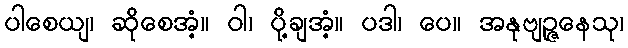
ပါစေယျ၊ ဆိုစေအံ့။ ဝါ၊ ပို့ချအံ့။ ပဒါ၊ ပေ။ အနုဗျဉ္ဇနေသု၊